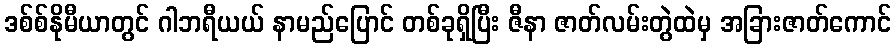
ဒစ်စ်နိုမီယာတွင် ဂါဘရီယယ် နာမည်ပြောင် တစ်ခုရှိပြီး ဇီနာ ဇာတ်လမ်းတွဲထဲမှ အခြားဇာတ်ကောင်